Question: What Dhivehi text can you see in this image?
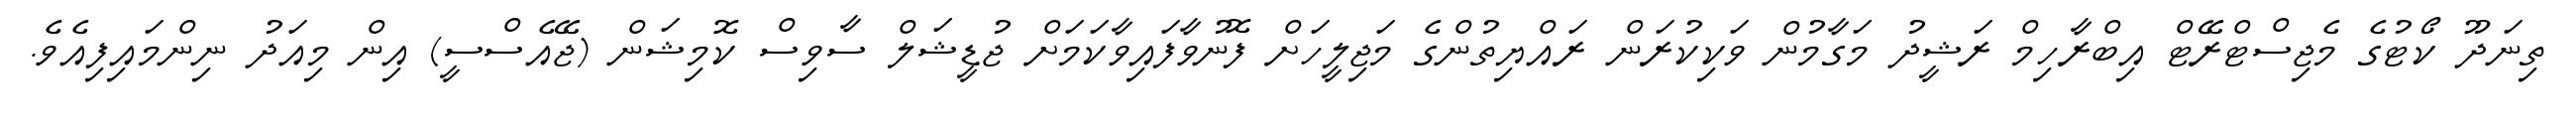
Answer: ތިނަދޫ ކޯޓުގެ މެޖިސްޓްރޭޓް އިބްރާހިމް ރަޝީދު މަގާމުން ވަކިކުރަން ރައްޔިތުންގެ މަޖިލީހަށް ފޮނުވާފައިވާކަމަށް ޖުޑީޝަލް ސާވިސް ކޮމިޝަން (ޖޭއެސްސީ) އިން މިއަދު ނިންމައިފިއެވެ.